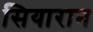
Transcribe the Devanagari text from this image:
सियारान